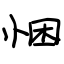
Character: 悃